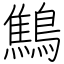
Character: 鷦